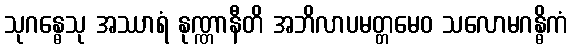
သုဂန္ဓေသု အဿာရံ နုဏ္ဏာနီတိ အဘိလာပမတ္တမေဝ သလောမဂန္ဓိကံ